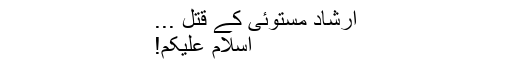
ارشاد مستوئی کے قتل ...
اسلام علیکم!